Report on vaccination in Madras 1904-1921 - 1904-1921
Year: 1904
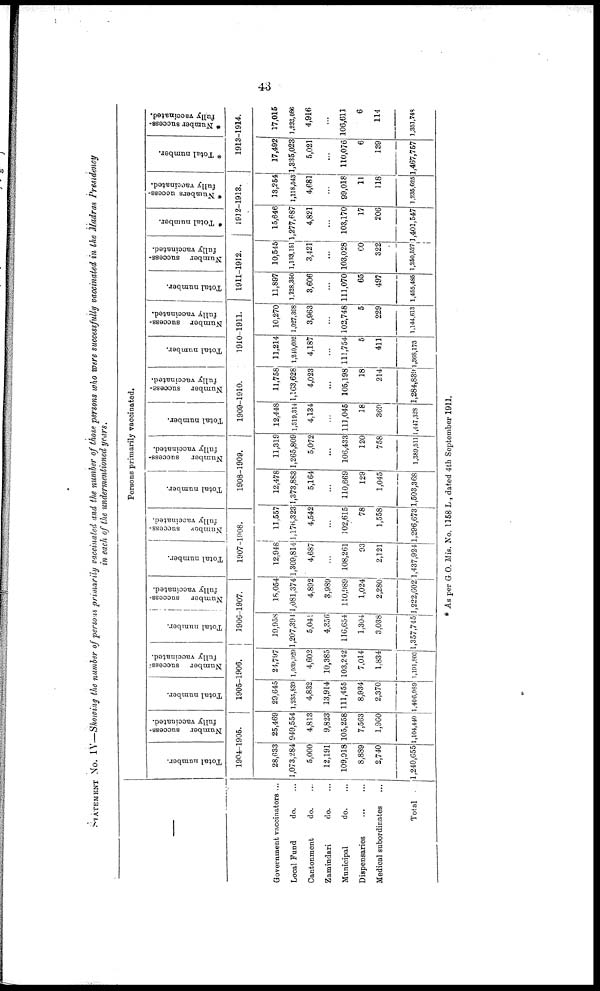
43
STATEMENT No. IV—Showing the number of persons primarily vaccinated and the number of those persons who were successfully vaccinated in the Madras Presidency
in each of the undermentioned years.
—
Government vaccinators ...
Local Fund
do. ...
Cantonment
do.
...
Zamindari
do. ...
Municipal
do. ...
Dispensaries
...
...
Medical subordinates ...
Total ...
Persons primarily vaccinated.
Total number.
Number success-
fully vaccinated.
1904-1905.
28,633
1,073,284
5,000
12,191
109,918
8,889
2,740
1,240,655
25,469
949,554
4,813
9,823
105,258
7,563
1,960
1,104,440
Total number.
Number success-
fully vaccinated.
1905-1906.
29,645
1,235,839
4,832
13,914
111,455
8,934
2,370
1,406,989
24,797
1,039,929
4,602
10,385
103,242
7,014
1,834
1,101,803
Total number.
Number success-
fully vaccinated.
1906-1907.
19,958
1,207,391
5,041
4,356
116,654
1,304
3,038
1,357,745
18,054
1,081,374
4,892
3,989
110,989
1,024
2,280
1,222,602
Total number.
Number success-
fully vaccinated.
1907-1908.
12,948
1,309,814
4,687
...
108,261
93
2,121
1,437,924
11,557
1,176,323
4,542
...
102,615
78
1,558
1,296,673
Total number.
Number success-
fully vaccinated.
1908-1909.
12,478
1,373,883
5,164
...
110,669
129
1,045
1,503,368
11,318
1,265,809
5,072
...
106,433
120
758
1,389,511
Total number.
Number success-
fully vaccinated.
1909-1910.
12,448
1,319,314
4,134
...
111,045
18
369
1,447,328
11,758
1,163,628
4,023
...
105,198
18
214
1,284,839
Total number.
Number success-
fully vaccinated.
1910-1911.
11,214
1,240,602
4,187
...
111,754
5
411
1,368,173
10,270
1,027,398
3,963
...
102,748
5
229
1,144,613
Total number.
Number success-
fully vaccinated.
1911-1912.
11,897
1,328,350
8,606
...
111,070
65
497
1,455,485
10,545
1,138,151
3,421
...
103,028
60
322
1,250,527
* Total number.
* Numbers success-
fully vaccinated.
1912-1913.
15,646
1,277,687
4,821
...
103,170
17
206
1,401,547
13,254
1,118,543
4,681
...
99,018
11
118
1,235,625
* Total number.
* Number success-
fully vaccinated.
1913-1914.
17,492
1,335,023
5,021
...
110,076
6
139
1,467,757
17,015
1,223,086
4,916
...
106,611
6
114
1,351,748
* As per G.O. Mis. No. 1158 L., dated 4th September 1911.